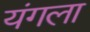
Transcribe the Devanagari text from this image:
यंगला